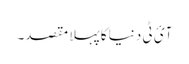
آئ ٹی دنیا کا پہلا مقصد۔